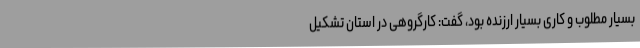
بسیار مطلوب و کاری بسیار ارزنده بود، گفت: کارگروهی در استان تشکیل